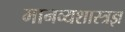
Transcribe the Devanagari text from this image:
मानव्यशास्त्रज्ञ